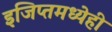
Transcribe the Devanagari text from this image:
इजिप्तमध्येही